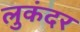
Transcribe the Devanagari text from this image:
लुकंदर